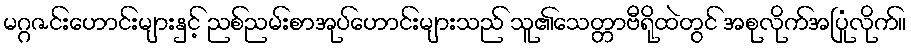
မဂ္ဂဇင်းဟောင်းများနှင့် ညစ်ညမ်းစာအုပ်ဟောင်းများသည် သူ၏သေတ္တာဗီရိုထဲတွင် အစုလိုက်အပြုံလိုက်။